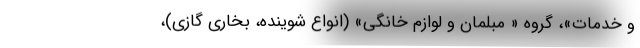
و خدمات»، گروه « مبلمان و لوازم خانگی» (انواع شوینده، بخاری گازی)،